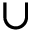
\cup